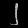
Digit: ၂